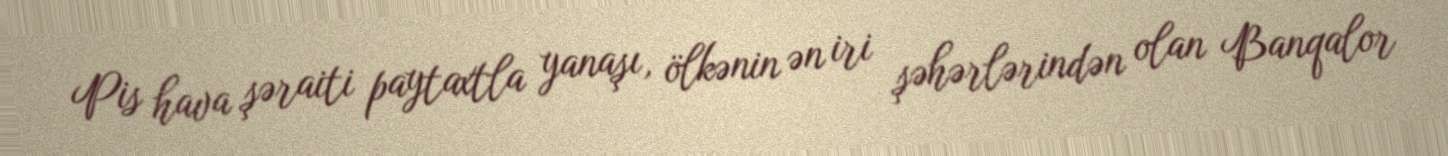
Pis hava şəraiti paytaxtla yanaşı, ölkənin ən iri şəhərlərindən olan Banqalor